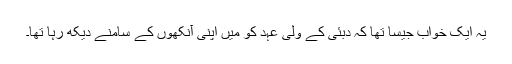
یہ ایک خواب جیسا تھا کہ دبئی کے ولی عہد کو میں اپنی آنکھوں کے سامنے دیکھ رہا تھا۔